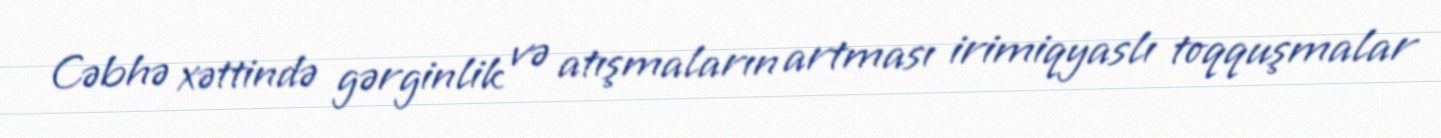
Cəbhə xəttində gərginlik və atışmaların artması irimiqyaslı toqquşmalar